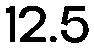
12.5